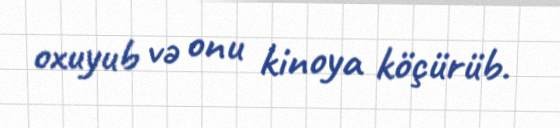
oxuyub və onu kinoya köçürüb.